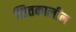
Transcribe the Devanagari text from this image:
सितकालीन